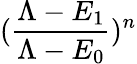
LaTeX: (\frac{\Lambda-E_{1}}{\Lambda-E_{0}})^{n}